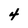
Character: 4